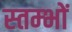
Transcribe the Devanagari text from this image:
स्‍तम्‍भों